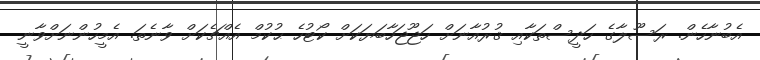
އެބުނާހެން. ރަސޫލާގެ ހަދީސްތަކާއި ޤުރުއާނަށް ހަޖޫޖަހާބަޔަކަށް ކޯޓުހެ ޙުކުމް އެއްޗެކަށް ވާނެތަ. އެމީހުންނަށްވާނީ